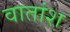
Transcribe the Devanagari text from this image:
वातांश